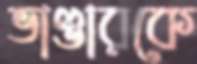
ভাণ্ডারকে